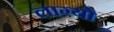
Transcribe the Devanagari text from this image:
लाग्यो